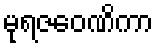
မုရဇဝေဏိကာ